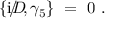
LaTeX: \{ \mathrm { i } D \! \llap { / } , \gamma _ { 5 } \} ~ = ~ 0 ~ .